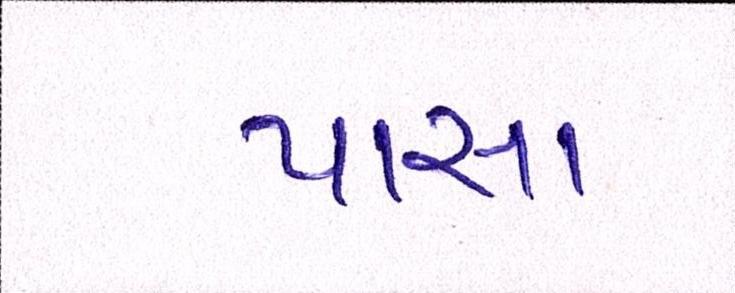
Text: પાસા